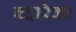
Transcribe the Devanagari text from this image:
बदरिका